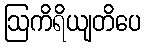
ဩကိရိယျတိပေ